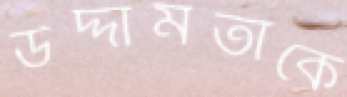
উদ্দামতাকে